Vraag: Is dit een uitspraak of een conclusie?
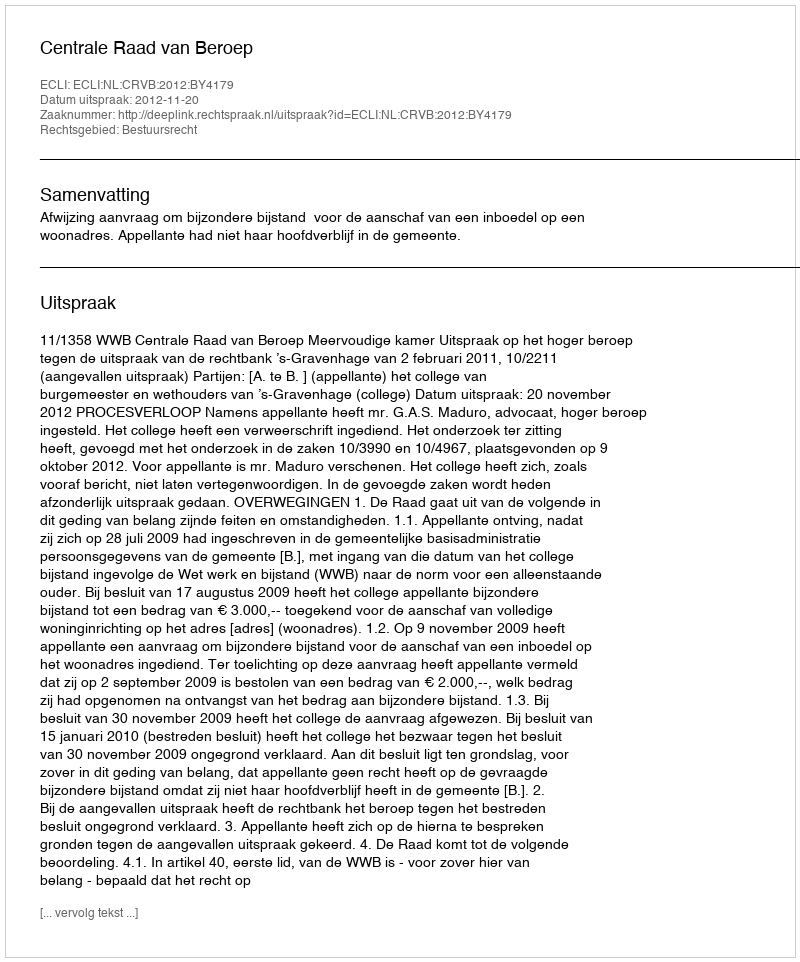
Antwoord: Uitspraak